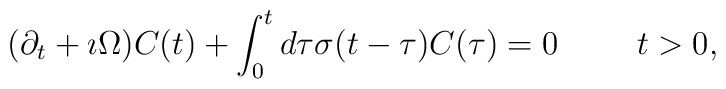
(\partial _t +\imath\Omega )C(t) +\int_0^t d\tau\sigma (t-\tau )C(\tau ) =0\hskip 1cm t>0,